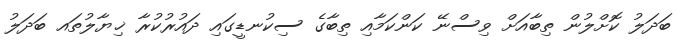
ބަދަލު ކޮށްލުން ތިބާއަށް ވިސްނޭ ކަންކަމާއި ތިބާގެ ސިކުނޑީގައި ދައުރުކުރާ ޚިޔާލުތައ ބަދަލު